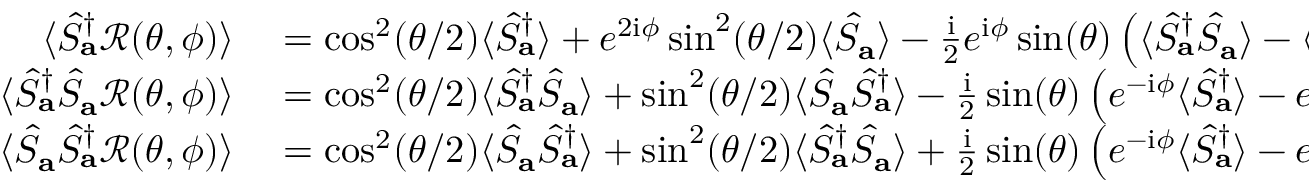
\begin{array} { r l } { \langle \hat { S } _ { \mathbf { a } } ^ { \dagger } \mathcal { R } ( \theta , \phi ) \rangle } & { { } = \cos ^ { 2 } ( \theta / 2 ) \langle \hat { S } _ { \mathbf { a } } ^ { \dagger } \rangle + e ^ { 2 \mathrm { i } \phi } \sin ^ { 2 } ( \theta / 2 ) \langle \hat { S } _ { \mathbf { a } } \rangle - \frac { \mathrm { i } } { 2 } e ^ { \mathrm { i } \phi } \sin ( \theta ) \left( \langle \hat { S } _ { \mathbf { a } } ^ { \dagger } \hat { S } _ { \mathbf { a } } \rangle - \langle \hat { S } _ { \mathbf { a } } \hat { S } _ { \mathbf { a } } ^ { \dagger } \rangle \right) } \\ { \langle \hat { S } _ { \mathbf { a } } ^ { \dagger } \hat { S } _ { \mathbf { a } } \mathcal { R } ( \theta , \phi ) \rangle } & { { } = \cos ^ { 2 } ( \theta / 2 ) \langle \hat { S } _ { \mathbf { a } } ^ { \dagger } \hat { S } _ { \mathbf { a } } \rangle + \sin ^ { 2 } ( \theta / 2 ) \langle \hat { S } _ { \mathbf { a } } \hat { S } _ { \mathbf { a } } ^ { \dagger } \rangle - \frac { \mathrm { i } } { 2 } \sin ( \theta ) \left( e ^ { - \mathrm { i } \phi } \langle \hat { S } _ { \mathbf { a } } ^ { \dagger } \rangle - e ^ { \mathrm { i } \phi } \langle \hat { S } _ { \mathbf { a } } \rangle \right) } \\ { \langle \hat { S } _ { \mathbf { a } } \hat { S } _ { \mathbf { a } } ^ { \dagger } \mathcal { R } ( \theta , \phi ) \rangle } & { { } = \cos ^ { 2 } ( \theta / 2 ) \langle \hat { S } _ { \mathbf { a } } \hat { S } _ { \mathbf { a } } ^ { \dagger } \rangle + \sin ^ { 2 } ( \theta / 2 ) \langle \hat { S } _ { \mathbf { a } } ^ { \dagger } \hat { S } _ { \mathbf { a } } \rangle + \frac { \mathrm { i } } { 2 } \sin ( \theta ) \left( e ^ { - \mathrm { i } \phi } \langle \hat { S } _ { \mathbf { a } } ^ { \dagger } \rangle - e ^ { \mathrm { i } \phi } \langle \hat { S } _ { \mathbf { a } } \rangle \right) ~ . } \end{array}